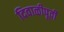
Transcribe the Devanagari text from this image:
दिवाळीपूर्वी